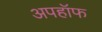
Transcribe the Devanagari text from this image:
अपहॉफ